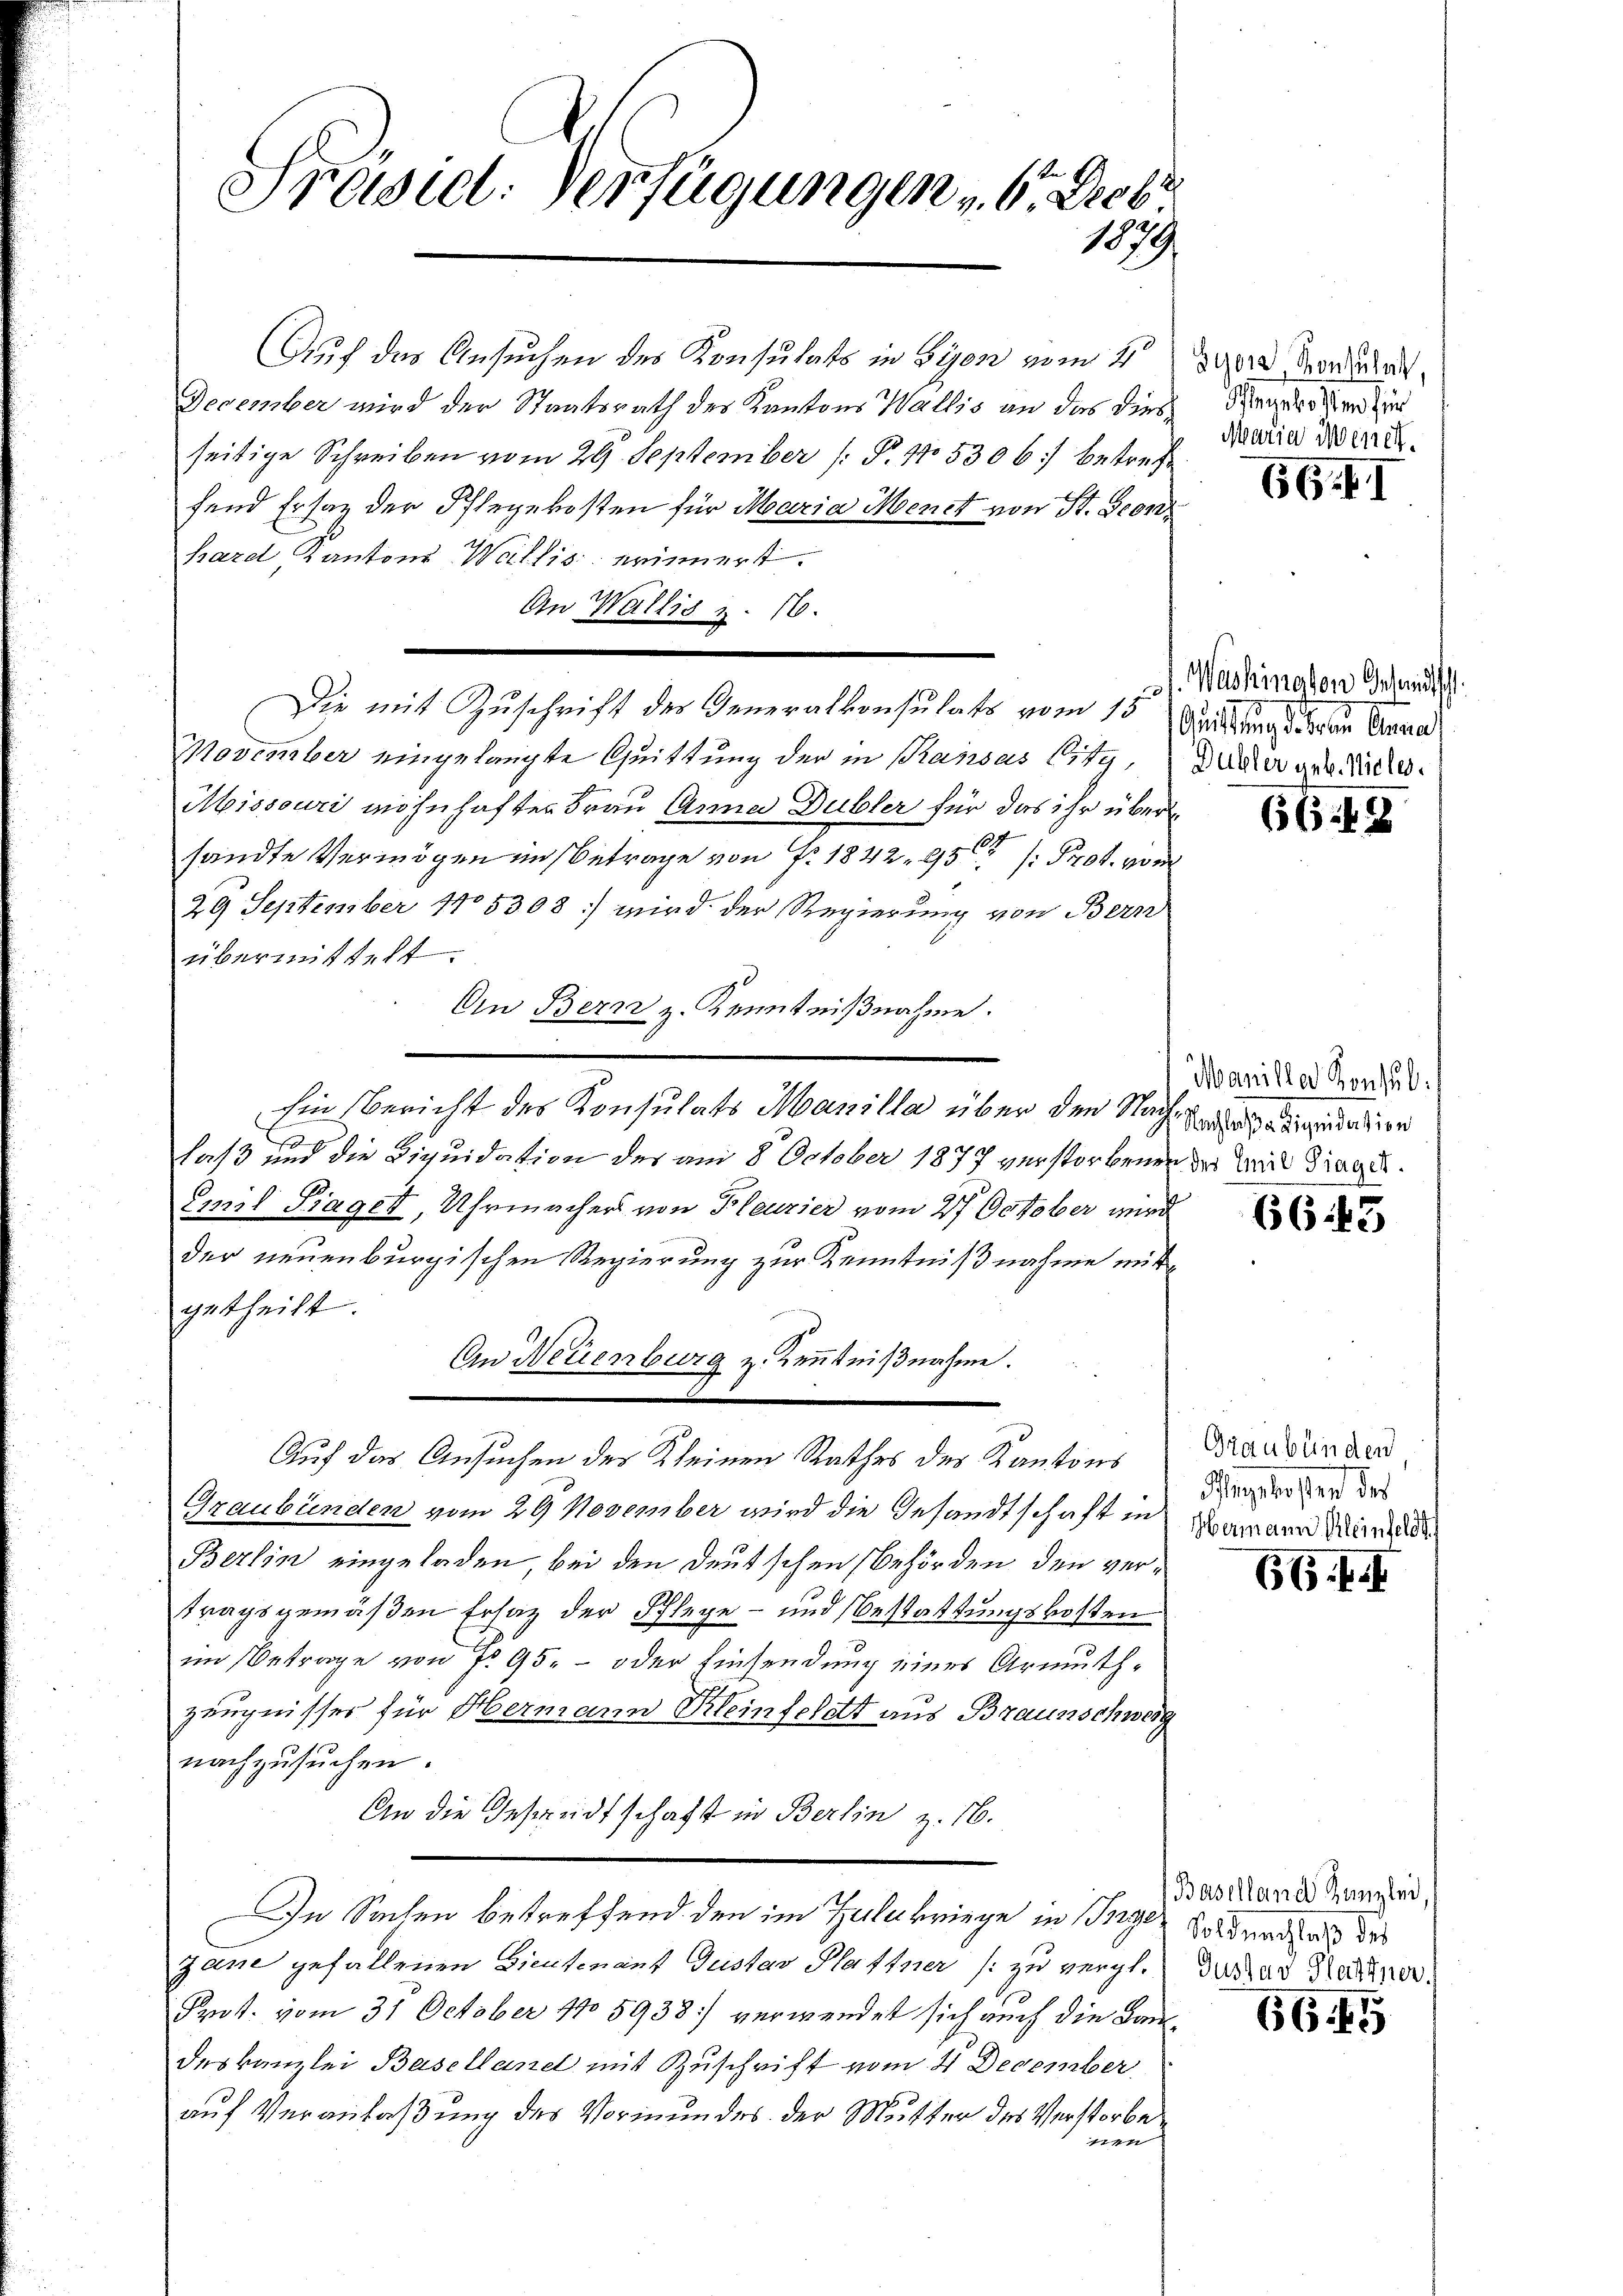
Präsiel. Verfügungen 6. Dieb
1879

Auf das Ansuchen des Konsulats in Syon vom 4ten der Stander
December wird der Staatsrath des Kantons Wallis an das diesseitige Schreiben vom 29. September (: P. 15306 betreffend Ersatz der Pflegekosten für Maria Menet von St. Geonhard Kantons Wallis erinnert.
An Wallis z. 16.
Die mit Zuschrift der Generalkonsulats vom 15. Justung der Anna
Movember eingelangte Quittung der in Pansus Citz, Zucker gebliche
Missouri wohnhafter Frau Anna Dubler für das ihr übersandte Vermögen im Betrage von Fr. 1842 25 Prot. von
29 September 1805308) wird der Regierung von Bern
übermittelt.
An Bern z. Kenntnißnahme.
hin Bericht des Konsulats Manilla über den Nach endigention
.
Jas und die Liquidation des am 8. October 1877 verstorbenen da das Trages.
Emil Sager, Uhrmachers von Pleuzier vom 27. October wird
der neuenburgischen Regierung zur Kenntnißnahme mit
getheilt.
An Neuenburg z. Kenntnißnahme.
Auf das Ansuchen des Kleinen Rathes der Kantons Brandten der
Graubünden vom 29 November wird die Gesandtschaft in damann Min
Berlin eingeladen, bei den Deutschen Behörden, den vertragsgemäßen Ersatz der Schlege - und Bestattungskosten
im Betrage von No 95. – oder Einsendung eines Armuthzeugnisses für Hermann Kleinfeldt aus Braunschweig
nachzusuchen.
An die Gesandtschaft in Berlin z. 16.
In Sachen betreffend den im Zulekriege in Brige Fordenden des
zane gefallenen Dientenant Gustav Plattner (zu vergl. dasar Karpor
Prut. vom 31. October 1705938) verwendet sich auch die Baudeskanzlei Basellanel mit Zuschrift vom 4 December
auf Veranlaßung des Vormundes der Mutter des Verstorbe
nen

Hagels dem für
Maria Wenet.

66.II

1. Washington Anstandtsch.

66.49

Manille Konsul

6643

Angekosten der

66 f.

(Baselland Kanzlei,

66. 45